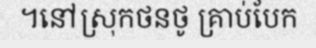
។នៅស្រុកថនថូ គ្រាប់បែក